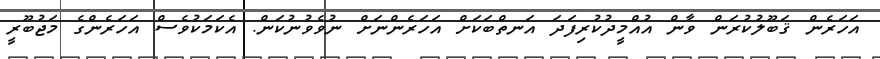
އަހަރެން ޤަބޫލުކުރަން ވާން އުއްމީދުކުރިފަދަ އަނތްބަކަށް އަހަރެންނަށް ނުވެވުނުކަން. އެކަމަކުވެސް އަހަރެންގެ މަޖުބޫރީ